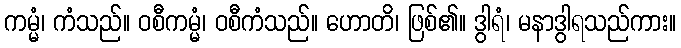
ကမ္မံ၊ ကံသည်။ ဝစီကမ္မံ၊ ဝစီကံသည်။ ဟောတိ၊ ဖြစ်၏။ ဒွါရံ၊ မနာဒွါရသည်ကား။